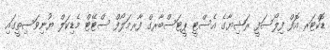
ޑޮކްޓަރ އޮފް ފިލޯސަފީ ރަޝިޔާގެ އެސްޓީ ޕީޓަސްބާރގް ފާރމަލޯފް ސްޓޭޓް މެޑިކަލް ޔުނިވަސިތީގައި